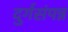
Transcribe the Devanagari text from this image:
दुर्गसंपन्न